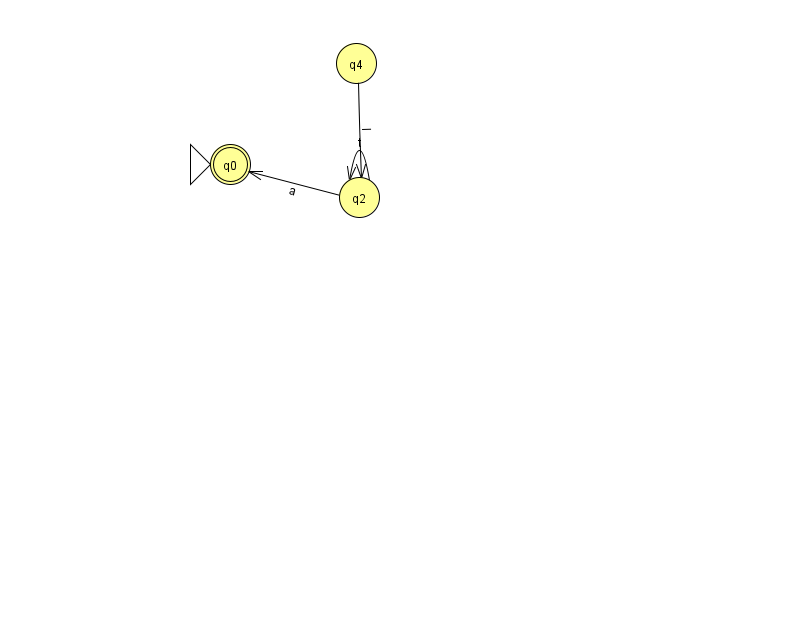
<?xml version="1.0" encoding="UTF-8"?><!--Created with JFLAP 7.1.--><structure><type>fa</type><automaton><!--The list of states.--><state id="0" name="q0"><x>230.0</x><y>151.0</y><initial/><final/></state><state id="2" name="q2"><x>359.0</x><y>184.0</y></state><state id="4" name="q4"><x>356.0</x><y>50.0</y></state><!--The list of transitions.--><transition><from>2</from><to>2</to><read>t</read></transition><transition><from>4</from><to>2</to><read>l</read></transition><transition><from>2</from><to>0</to><read>a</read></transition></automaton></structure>